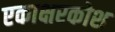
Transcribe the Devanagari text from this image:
एकाक्षरकोश